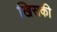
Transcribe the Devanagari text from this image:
खिसकी